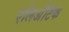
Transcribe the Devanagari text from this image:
एलिअॅटिक